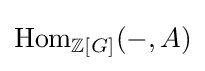
{\text{Hom}}_{\mathbb {Z} [G]}(-,A)